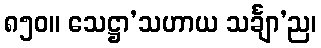
၈၅၀။ သေဋ္ဌာ’သဟာယ သင်္ချာ’ည၊